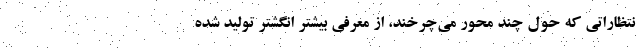
نتظاراتی که حول چند محور می‌چرخند، از معرفی بیشتر انگشتر تولید شده